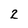
Character: 2